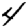
Digit: 4